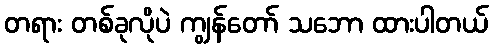
တရား တစ်ခုလိုပဲ ကျွန်တော် သဘော ထားပါတယ်